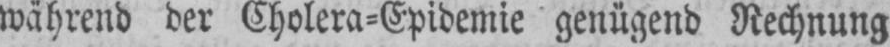
während der Cholera⸗Epidemie genügend Rechnung